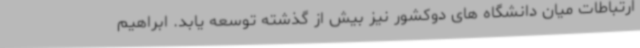
ارتباطات میان دانشگاه های دوکشور نیز بیش از گذشته توسعه یابد. ابراهیم